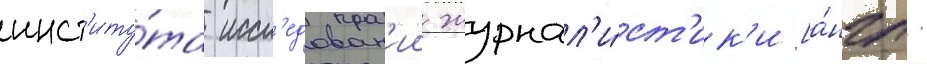
инст'иту́та иссл'едован'ии журнал'и́ст'ик'и [а́нгл.